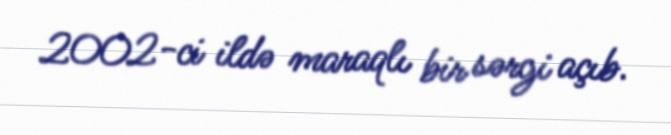
2002-ci ildə maraqlı bir sərgi açıb.